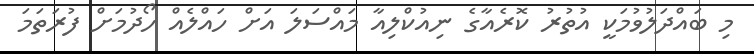
މި ބައްދަލުވުމަކީ އުތުރު ކޮރެއާގެ ނިއުކްލިއާ މައްސަލަ އަށް ހައްލެއް ހޯދުމަށް ފުރަތަމަ